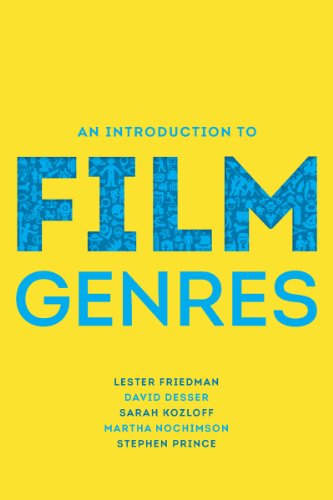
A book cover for An Introduction to Film Genres; Lester Friedman; Humor & Entertainment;